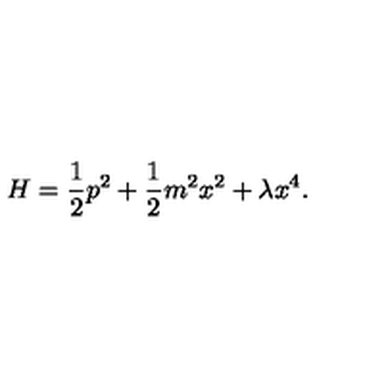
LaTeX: H = \frac { 1 } { 2 } p ^ { 2 } + \frac { 1 } { 2 } m ^ { 2 } x ^ { 2 } + \lambda x ^ { 4 } .